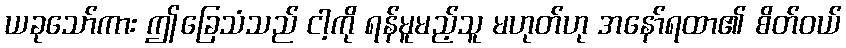
ယခုသော်ကား ဤခြေသံသည် ငါ့ကို ရန်မူမည့်သူ မဟုတ်ဟု အနော်ရထာ၏ စိတ်ဝယ်